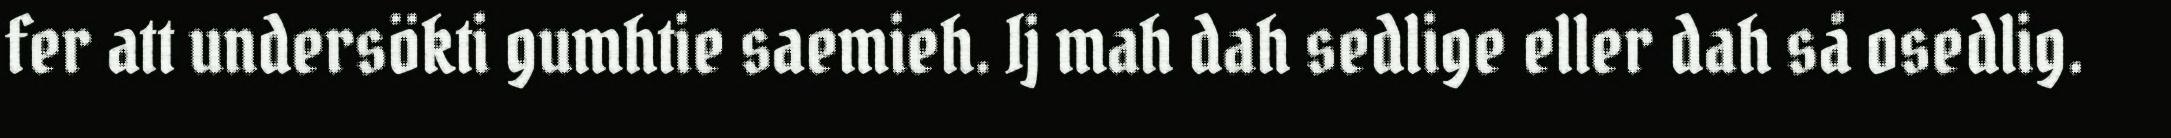
fer att undersökti gumhtie saemieh. Ij mah dah sedlige eller dah så osedlig.